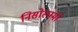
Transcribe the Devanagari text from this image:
निसोस्पर्मा